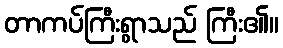
တာကပ်ကြီးရွာသည် ကြီး၏။